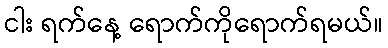
ငါး ရက်နေ့ ရောက်ကိုရောက်ရမယ်။